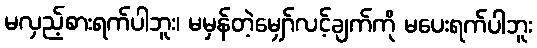
မလှည့်စားရက်ပါဘူး၊ မမှန်တဲ့မျှော်လင့်ချက်ကို မပေးရက်ပါဘူး